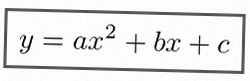
y=ax^2+bx+c